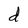
Character: d